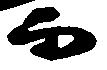
而